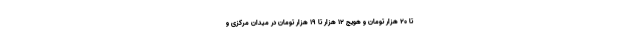
تا ۲۰ هزار تومان و هویج ۱۲ هزار تا ۱۹ هزار تومان در میدان مرکزی و